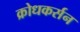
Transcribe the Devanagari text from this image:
क्रोधकर्सन